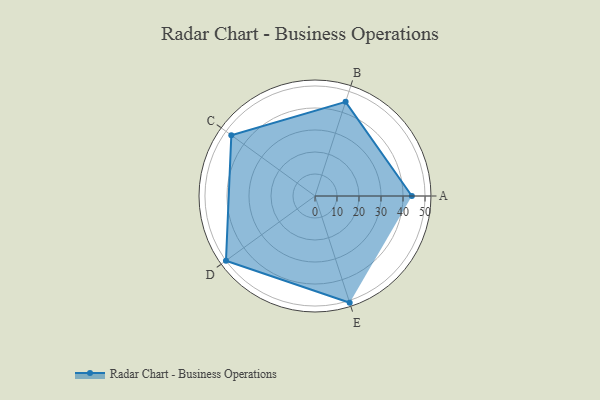
{"axis": {"x": "Skill", "y": "Score"}, "legend": ["Profile"], "data": [{"x": "A", "y": 44.0, "type": "Profile"}, {"x": "B", "y": 45.0, "type": "Profile"}, {"x": "C", "y": 47.0, "type": "Profile"}, {"x": "D", "y": 50.0, "type": "Profile"}, {"x": "E", "y": 51.0, "type": "Profile"}]}